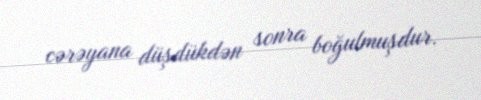
cərəyana düşdükdən sonra boğulmuşdur.